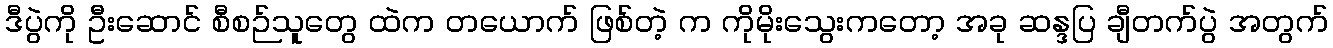
ဒီပွဲကို ဦးဆောင် စီစဉ်သူတွေ ထဲက တယောက် ဖြစ်တဲ့ က ကိုမိုးသွေးကတော့ အခု ဆန္ဒပြ ချီတက်ပွဲ အတွက်